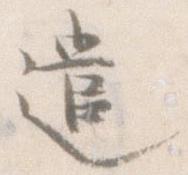
遣